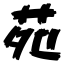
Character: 苑